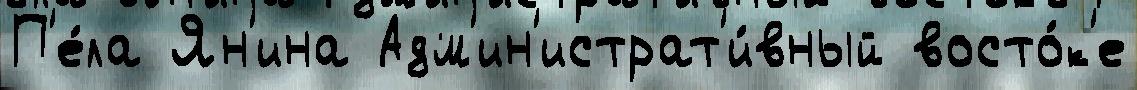
П'е́ла Ян'ина Адм'ин'истрат'и́вный восто́к'е